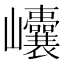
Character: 𡿝